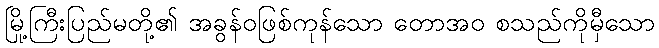
မြို့ကြီးပြည်မတို့၏ အခွန်ဝဖြစ်ကုန်သော တောအဝ စသည်ကိုမှီသော